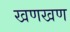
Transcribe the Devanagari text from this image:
खणखण